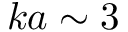
k a \sim 3